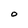
Character: O